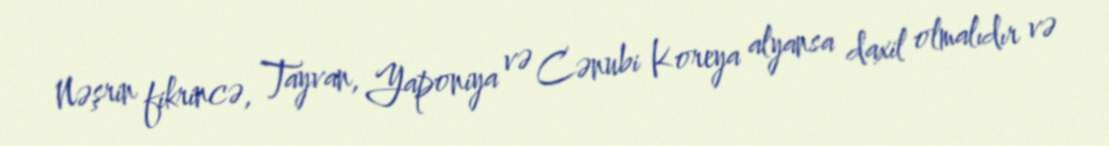
Nəşrin fikrincə, Tayvan, Yaponiya və Cənubi Koreya alyansa daxil olmalıdır və